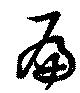
扁